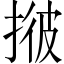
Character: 𢯏